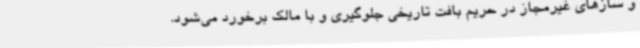
و سازهای غیرمجاز در حریم بافت تاریخی جلوگیری و با مالک برخورد می‌شود.